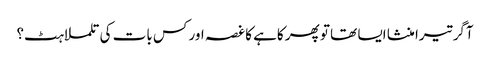
آگر تیرا منشا ایسا تھا تو پھر کاہے کا غصہ اور کس بات کی تلملاہٹ؟